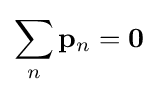
\sum _{n}\mathbf {p} _{n}={\boldsymbol {0}}